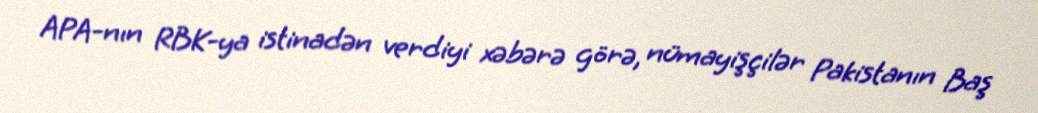
APA-nın RBK-ya istinadən verdiyi xəbərə görə, nümayişçilər Pakistanın Baş